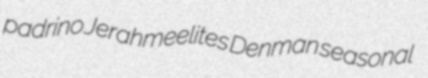
padrino Jerahmeelites Denman seasonal